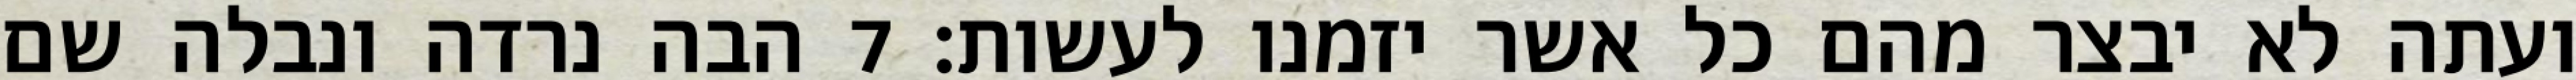
ועתה לא יבצר מהם כל אשר יזמנו לעשות׃ ‎7‏ הבה נרדה ונבלה שם